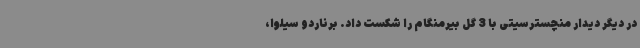
در دیگر دیدار منچسترسیتی با 3 گل بیرمنگام را شکست داد. برناردو سیلوا،